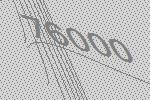
76000